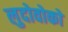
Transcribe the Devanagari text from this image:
लुदोवोको